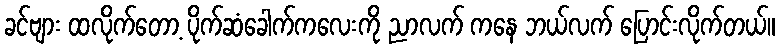
ခင်ဗျား ထလိုက်တော့ ပိုက်ဆံခေါက်ကလေးကို ညာလက် ကနေ ဘယ်လက် ပြောင်းလိုက်တယ်။